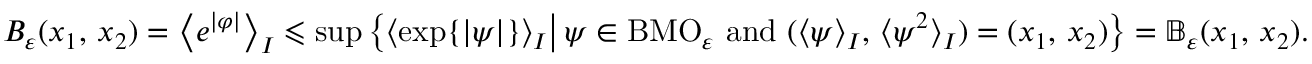
B _ { \varepsilon } ( x _ { 1 } , \, x _ { 2 } ) = \left\langle e ^ { | \varphi | } \right\rangle _ { I } \leqslant \operatorname* { s u p } \left\{ \langle \exp \{ | \psi | \} \rangle _ { I } \big | \, \psi \in \mathrm { B M O } _ { \varepsilon } \mathrm { ~ a n d ~ } ( \langle \psi \rangle _ { I } , \, \langle \psi ^ { 2 } \rangle _ { I } ) = ( x _ { 1 } , \, x _ { 2 } ) \right\} = \mathbb { B } _ { \varepsilon } ( x _ { 1 } , \, x _ { 2 } ) .